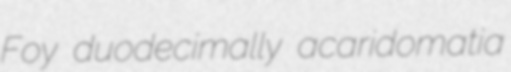
Foy duodecimally acaridomatia